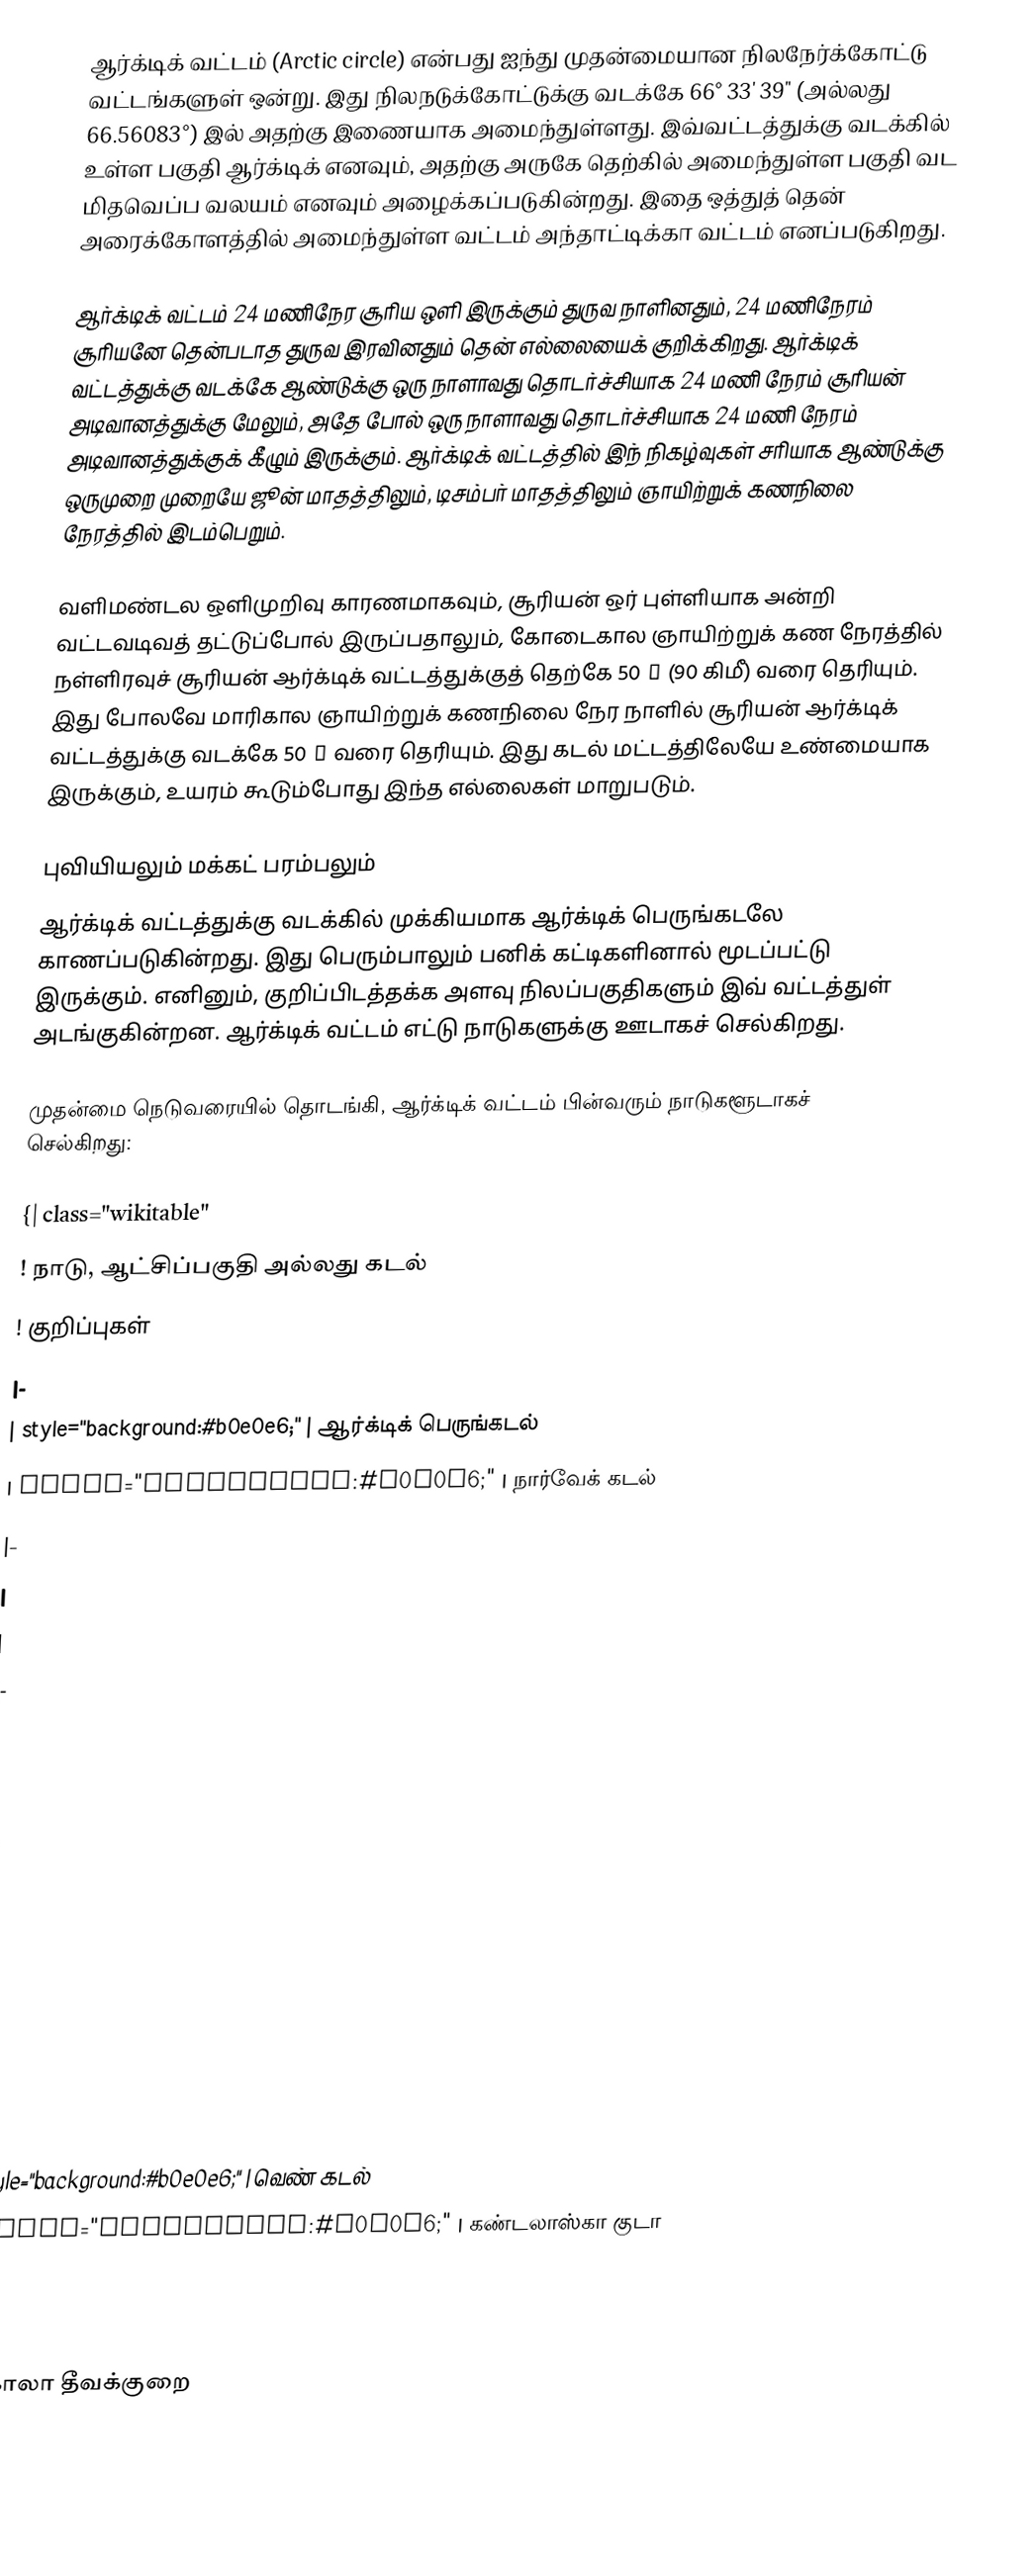
ஆர்க்டிக் வட்டம் (Arctic circle) என்பது ஐந்து முதன்மையான நிலநேர்க்கோட்டு வட்டங்களுள் ஒன்று. இது நிலநடுக்கோட்டுக்கு வடக்கே 66° 33′ 39″ (அல்லது 66.56083°) இல் அதற்கு இணையாக அமைந்துள்ளது. இவ்வட்டத்துக்கு வடக்கில் உள்ள பகுதி ஆர்க்டிக் எனவும், அதற்கு அருகே தெற்கில் அமைந்துள்ள பகுதி வட மிதவெப்ப வலயம் எனவும் அழைக்கப்படுகின்றது. இதை ஒத்துத் தென் அரைக்கோளத்தில் அமைந்துள்ள வட்டம் அந்தாட்டிக்கா வட்டம் எனப்படுகிறது.

ஆர்க்டிக் வட்டம் 24 மணிநேர சூரிய ஒளி இருக்கும் துருவ நாளினதும், 24 மணிநேரம் சூரியனே தென்படாத துருவ இரவினதும் தென் எல்லையைக் குறிக்கிறது. ஆர்க்டிக் வட்டத்துக்கு வடக்கே ஆண்டுக்கு ஒரு நாளாவது தொடர்ச்சியாக 24 மணி நேரம் சூரியன் அடிவானத்துக்கு மேலும், அதே போல் ஒரு நாளாவது தொடர்ச்சியாக 24 மணி நேரம் அடிவானத்துக்குக் கீழும் இருக்கும். ஆர்க்டிக் வட்டத்தில் இந் நிகழ்வுகள் சரியாக ஆண்டுக்கு ஒருமுறை முறையே ஜூன் மாதத்திலும், டிசம்பர் மாதத்திலும் ஞாயிற்றுக் கணநிலை நேரத்தில் இடம்பெறும்.

வளிமண்டல ஒளிமுறிவு காரணமாகவும், சூரியன் ஒர் புள்ளியாக அன்றி வட்டவடிவத் தட்டுப்போல் இருப்பதாலும், கோடைகால ஞாயிற்றுக் கண நேரத்தில் நள்ளிரவுச் சூரியன் ஆர்க்டிக் வட்டத்துக்குத் தெற்கே 50 ′ (90 கிமீ) வரை தெரியும். இது போலவே மாரிகால ஞாயிற்றுக் கணநிலை நேர நாளில் சூரியன் ஆர்க்டிக் வட்டத்துக்கு வடக்கே 50 ′ வரை தெரியும். இது கடல் மட்டத்திலேயே உண்மையாக இருக்கும், உயரம் கூடும்போது இந்த எல்லைகள் மாறுபடும்.

புவியியலும் மக்கட் பரம்பலும்
ஆர்க்டிக் வட்டத்துக்கு வடக்கில் முக்கியமாக ஆர்க்டிக் பெருங்கடலே காணப்படுகின்றது. இது பெரும்பாலும் பனிக் கட்டிகளினால் மூடப்பட்டு இருக்கும். எனினும், குறிப்பிடத்தக்க அளவு நிலப்பகுதிகளும் இவ் வட்டத்துள் அடங்குகின்றன. ஆர்க்டிக் வட்டம் எட்டு நாடுகளுக்கு ஊடாகச் செல்கிறது.

முதன்மை நெடுவரையில் தொடங்கி, ஆர்க்டிக் வட்டம் பின்வரும் நாடுகளூடாகச் செல்கிறது:

{| class="wikitable"
! நாடு, ஆட்சிப்பகுதி அல்லது கடல்
! குறிப்புகள்
|-
| style="background:#b0e0e6;" | ஆர்க்டிக் பெருங்கடல்
| style="background:#b0e0e6;" | நார்வேக் கடல்
|-
|
|
|-
|
|
|-
|
|
|-
|
|
|-
| style="background:#b0e0e6;" | வெண் கடல்
| style="background:#b0e0e6;" | கண்டலாஸ்கா குடா
|-
|
| கோலா தீவக்குறை
|-
| style="backgroun